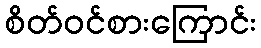
စိတ်ဝင်စားကြောင်း